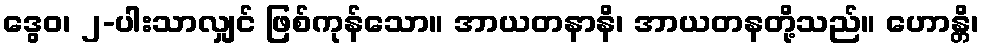
ဒွေဝ၊ ၂-ပါးသာလျှင် ဖြစ်ကုန်သော။ အာယတနာနိ၊ အာယတနတို့သည်။ ဟောန္တိ၊